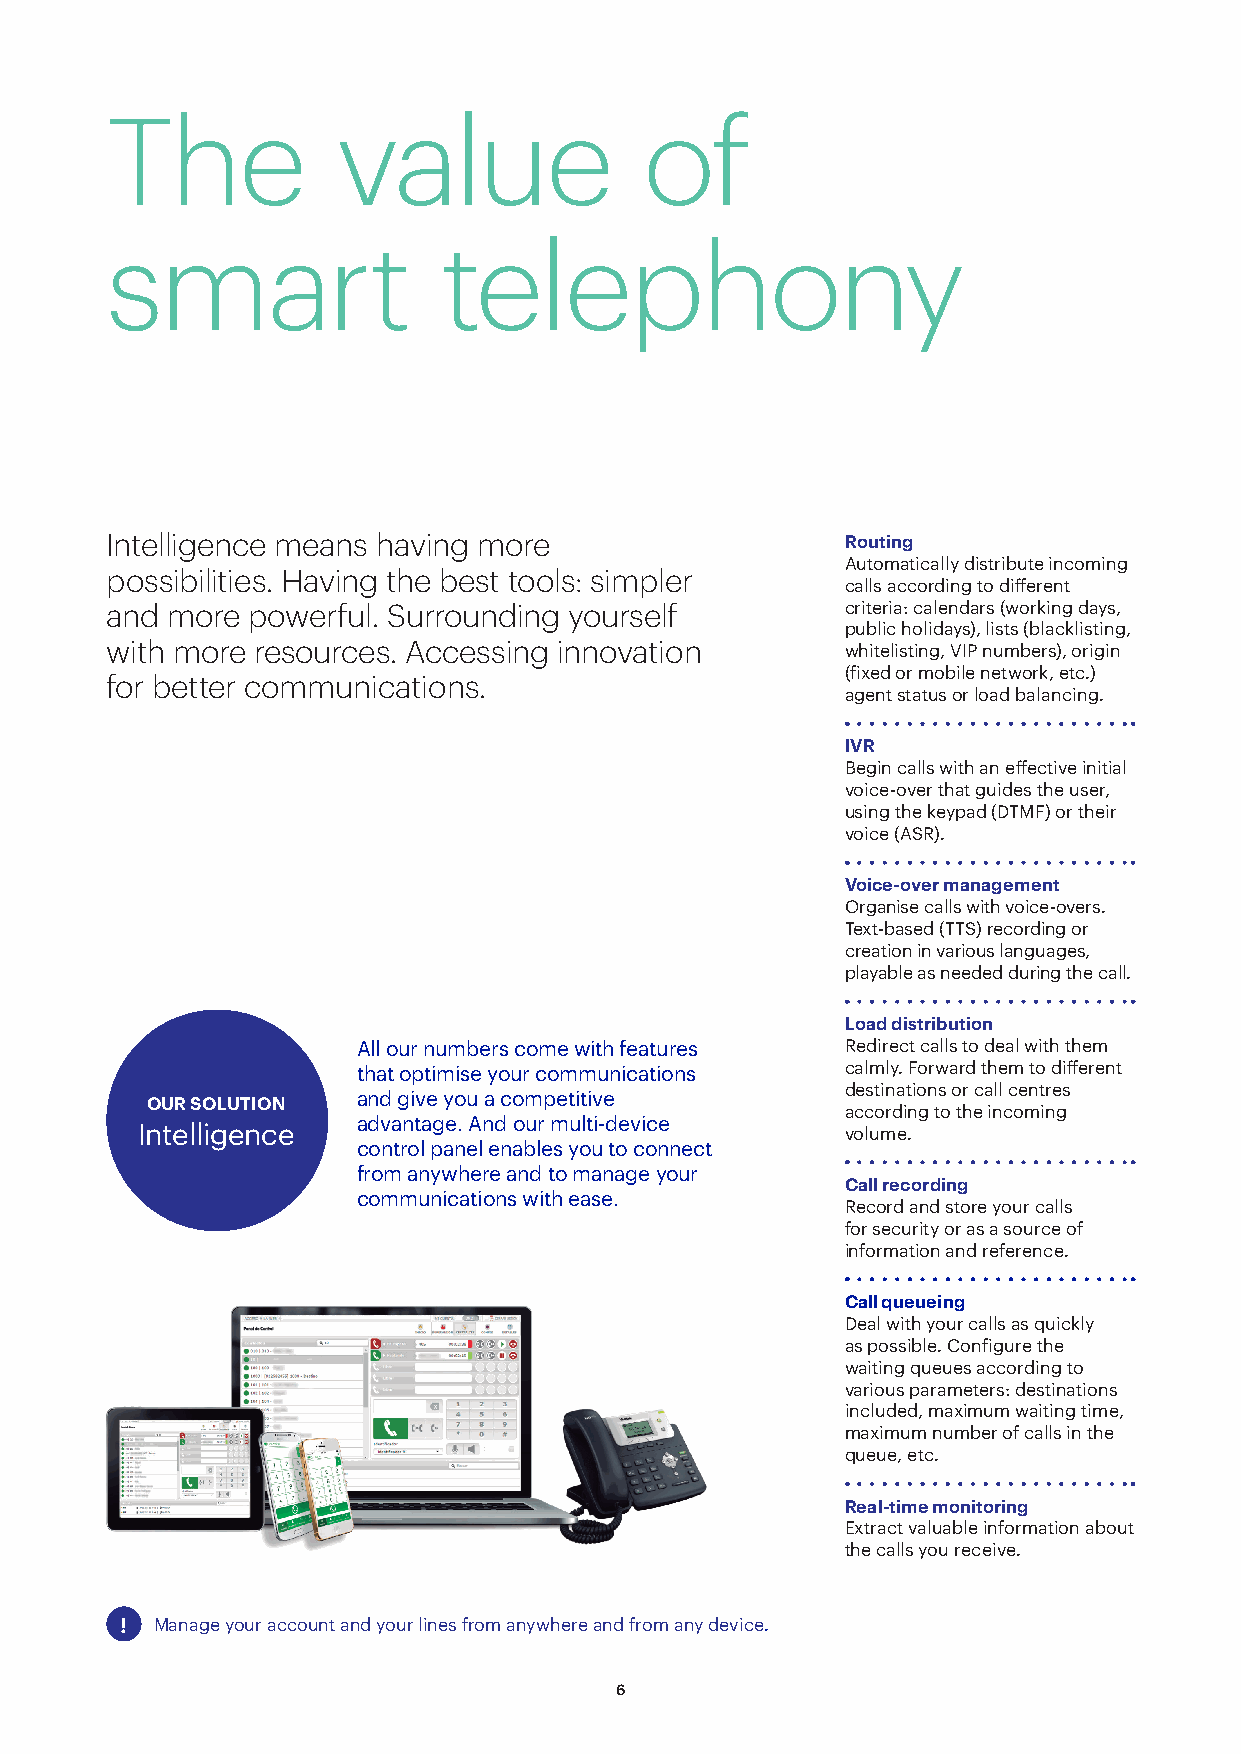
The            value                of
 smart                 telephony
 Intelligence means having more                   Routing
 Automatically distribute incoming
 possibilities. Having the best tools: simpler
 calls according to different
 and more powerful. Surrounding yourself          criteria: calendars (working days,
 public holidays), lists (blacklisting,
 with more resources. Accessing innovation        whitelisting, VIP numbers), origin
 (fixed or mobile network, etc.)
 for better communications.
 agent status or load balancing.
 IVR
 Begin calls with an effective initial
 voice-over that guides the user,
 using the keypad (DTMF) or their
 voice (ASR).
 Voice-over management
 Organise calls with voice-overs.
 Text-based (TTS) recording or
 creation in various languages,
 playable as needed during the call.
 Load distribution
 All our numbers come with features Redirect calls to deal with them
 that optimise your communications calmly. Forward them to different
 destinations or call centres
 and give you a competitive
 OUR SOLUTION
 according to the incoming
 advantage. And our multi-device
 Intelligence                                   volume.
 control panel enables you to connect
 from anywhere and to manage your
 Call recording
 communications with ease.
 Record and store your calls
 for security or as a source of
 information and reference.
 Call queueing
 Deal with your calls as quickly
 as possible. Configure the
 waiting queues according to
 various parameters: destinations
 included, maximum waiting time,
 maximum number of calls in the
 queue, etc.
 Real-time monitoring
 Extract valuable information about
 the calls you receive.
 ! Manage your account and your lines from anywhere and from any device.
 6